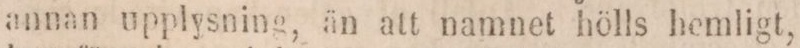
annan upplysning, än att namnet hölls hemligt,